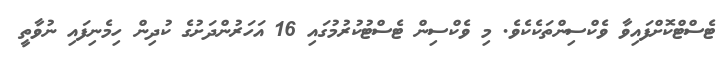
ޓެސްޓްކޮށްފައިވާ ވެކްސިންތަކެކެވެ. މި ވެކްސިން ޓެސްޓުކުރުމުގައި 16 އަހަރުންދަށުގެ ކުދިން ހިމެނިފައި ނުވާތީ